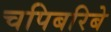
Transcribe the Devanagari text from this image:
चपिबरिबे